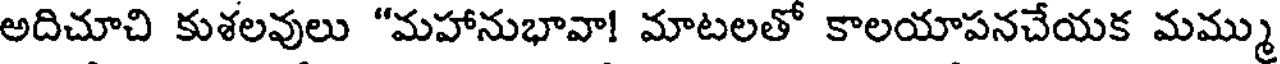
అదిచూచి కుశలవులు "మహానుభావా! మాటలతో కాలయాపనచేయక మమ్ము